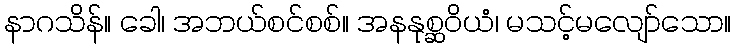
နာဂသိန်။ ခေါ၊ အဘယ်စင်စစ်။ အနနုစ္ဆဝိယံ၊ မသင့်မလျော်သော။